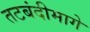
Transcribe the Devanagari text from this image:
तटबंदीमागे